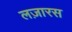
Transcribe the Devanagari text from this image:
लज़ारस